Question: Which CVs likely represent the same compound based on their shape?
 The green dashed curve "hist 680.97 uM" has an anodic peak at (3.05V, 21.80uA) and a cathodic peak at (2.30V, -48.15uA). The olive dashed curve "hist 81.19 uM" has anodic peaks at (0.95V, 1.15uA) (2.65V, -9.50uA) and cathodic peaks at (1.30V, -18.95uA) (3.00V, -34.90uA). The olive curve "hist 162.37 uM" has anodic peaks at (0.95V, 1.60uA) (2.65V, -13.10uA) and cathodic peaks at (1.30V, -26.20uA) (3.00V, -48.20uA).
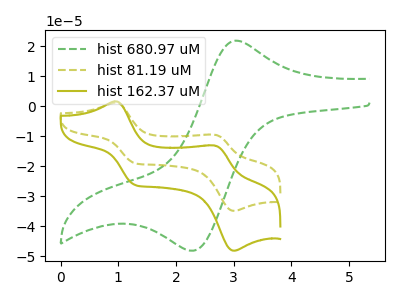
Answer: <think>"hist 680.97 uM" and "hist 81.19 uM" have a different number of peaks. "hist 680.97 uM" and "hist 162.37 uM" have a different number of peaks. All the peaks in "hist 81.19 uM" have a peak in "hist 162.37 uM" at the same potential.
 </think>
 <answer>"hist 162.37 uM" and "hist 81.19 uM" have the same shape and are likely CV's of the same chemical.</answer>
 <eval>"hist 162.37 uM" "hist 81.19 uM"</eval>